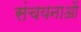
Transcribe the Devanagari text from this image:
संचयनाओं